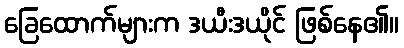
ခြေထောက်များက ဒယီးဒယိုင် ဖြစ်နေ၏။